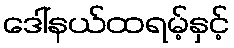
ဒေါ်နယ်ထရမ့်နှင့်